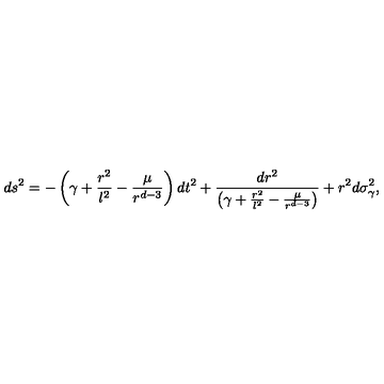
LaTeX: d s ^ { 2 } = - \left( \gamma + \frac { r ^ { 2 } } { l ^ { 2 } } - \frac { \mu } { r ^ { d - 3 } } \right) d t ^ { 2 } + \frac { d r ^ { 2 } } { \left( \gamma + \frac { r ^ { 2 } } { l ^ { 2 } } - \frac { \mu } { r ^ { d - 3 } } \right) } + r ^ { 2 } d \sigma _ { \gamma } ^ { 2 } ,